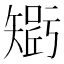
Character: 𥏾